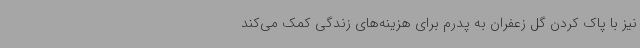
نیز با پاک کردن گل زعفران به پدرم برای هزینه‌های زندگی کمک می‌کند